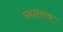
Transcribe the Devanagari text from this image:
न्हाताय